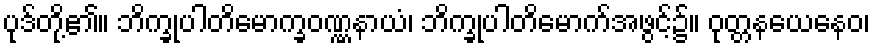
ပုဒ်တို့၏။ ဘိက္ခုပါတိမောက္ခဝဏ္ဏနာယံ၊ ဘိက္ခုပါတိမောက်အဖွင့်၌။ ဝုတ္တနယေနေဝ၊